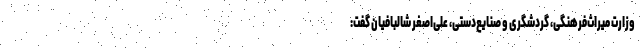
وزارت میراث‌فرهنگی، گردشگری و صنایع‌دستی، علی‌اصغر شالبافیان گفت: